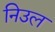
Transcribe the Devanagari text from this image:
निउल